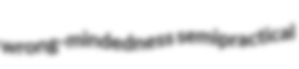
wrong-mindedness semipractical